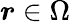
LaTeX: \boldsymbol r\in\Omega